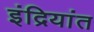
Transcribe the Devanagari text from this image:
इंद्रियांत